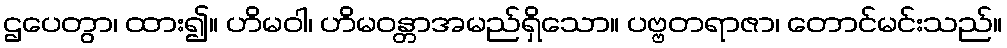
ဌပေတွာ၊ ထား၍။ ဟိမဝါ၊ ဟိမဝန္တာအမည်ရှိသော။ ပဗ္ဗတရာဇာ၊ တောင်မင်းသည်။